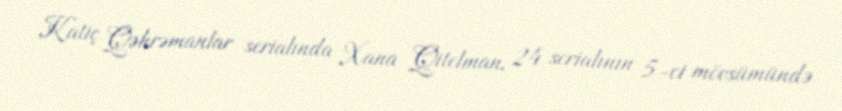
Katiç Qəhrəmanlar serialında Xana Qitelman, 24 serialının 5-ci mövsümündə